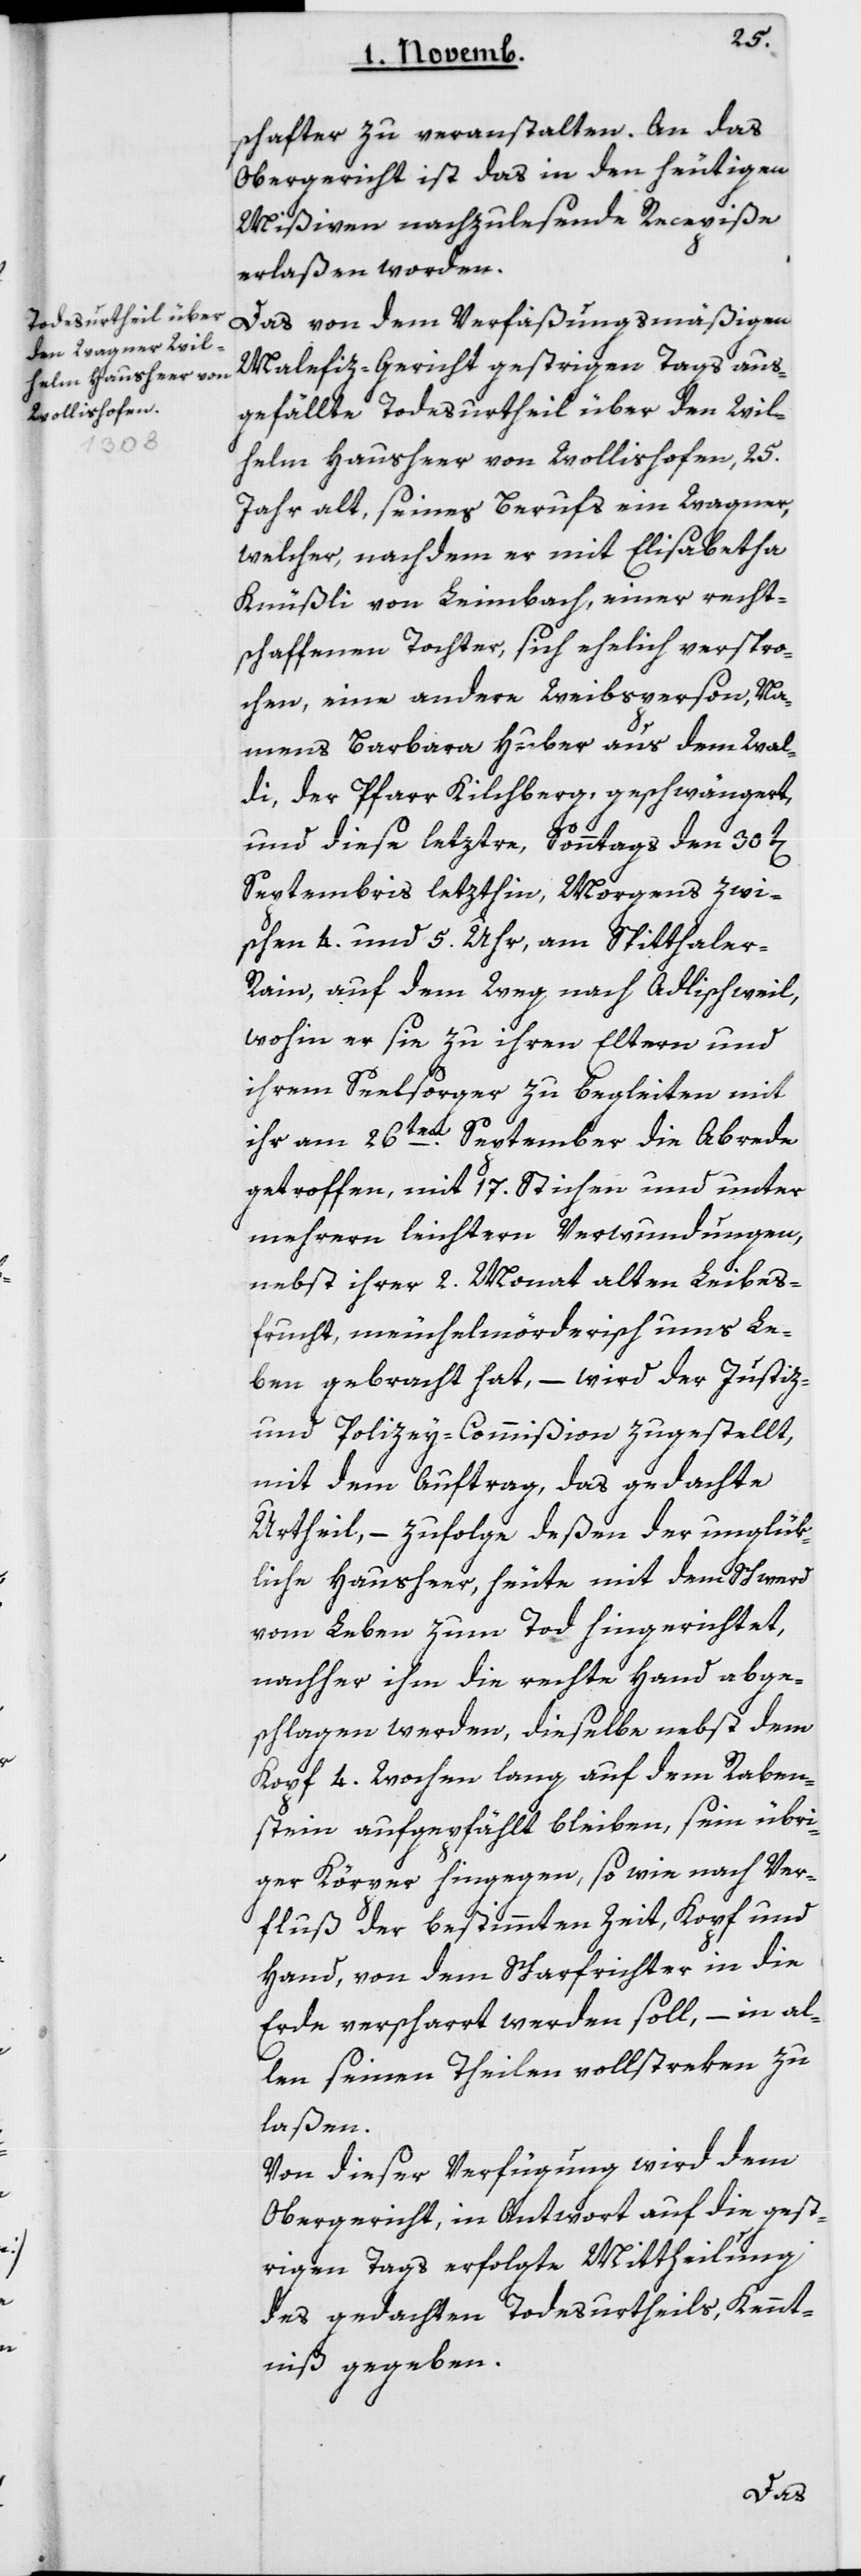
Wollishofen,

schafter zu veranstalten. An das
Obergericht ist das in den heutigen
Mißiven nachzulesende Recepiße
erlaßen worden.
Das von dem verfaßungsmäßigen
Malefiz-Gericht gestrigen Tags aus¬
gefällte Todesurtheil über den Wilhe¬
Jahre alt, seines Berufs ein Wagner,
welcher, nachdem er mit Elisabetha
Knüßli von Leimbach, einer recht¬
schaffenen Tochter, sich ehelich verspro¬
chen, eine andere Weibsperson, na¬
mens Barbara Huber aus dem Wal¬
di, der Pfarr Kilchberg, geschwängert,
25
und diese letztre, Sonntags den 30t[en]
Septembris letzthin, Morgens zwi¬
schen 4 und 5 Uhr, am Spitaler¬
rain, auf dem Weg nach Adlischweil,
wohin er sie zu ihren Eltern und
ihrem Seelsorger zu begleiten mit
lm
von
ihr am 26ten September die Abrede
getroffen, mit 17 Stichen und unter
mehrern leichtern Verwundungen,
nebst ihrer 2 Monat alten Leibes¬
frucht, meuchelmörderisch ums Le¬
ben gebracht hat, – wird der Justiz-
und Polizey-Commißion zugestellt,
mit dem Auftrag, das gedachte
Urtheil, – zufolge deßen der unglük¬
liche Hausheer, heute mit dem Schwert
vom Leben zum Tod hingerichtet,
nachher ihm die rechte Hand abge¬
schlagen werden, dieselbe nebst dem
Kopf 4 Wochen lang auf dem Raben¬
stein aufgepfählt bleiben, seyn übri¬
ger Körper hingegen, so wie nach Ver¬
fluß der bestimmten Zeit, Kopf und
Hand, von dem Scharfrichter in die
Erde verscharrt werden soll, – in al¬
len seinen Theilen vollstreken zu
laßen.
Von dieser Verfügung wird dem
Obergericht, in Antwort auf die gest¬
rigen Tags erfolgte Mittheilung
des gedachten Todesurtheils, Kennt¬
niß gegeben.